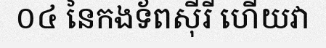
០៤ នៃកងទ័ពស៊ីរី ហើយវា